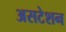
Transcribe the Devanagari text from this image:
असटेशन